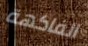
الفاكهة